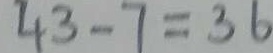
4 3 - 7 = 3 6